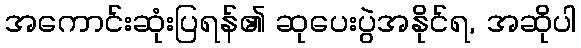
အကောင်းဆုံးပြရန်၏ ဆုပေးပွဲအနိုင်ရ, အဆိုပါ